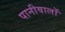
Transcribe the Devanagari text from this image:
पानीवालों